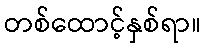
တစ်ထောင့်နှစ်ရာ။